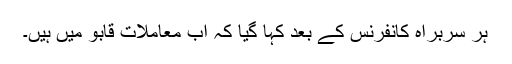
ہر سربراہ کانفرنس کے بعد کہا گیا کہ اب معاملات قابو میں ہیں۔